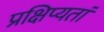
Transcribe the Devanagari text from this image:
प्रक्षिप्यतां